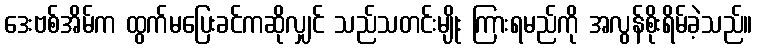
ဒေးဗစ်အိမ်က ထွက်မပြေးခင်ကဆိုလျှင် သည်သတင်းမျိုး ကြားရမည်ကို အလွန်စိုးရိမ်ခဲ့သည်။